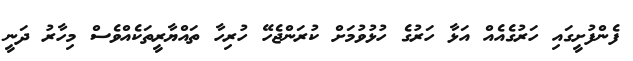
ފެންފުށީގައި ހަރުގެއެއް އަޅާ ހަރުގެ ހުޅުވުމަށް ކުރަންޖެހޭ ހުރިހާ ތައްޔާރީތަކެއްވެސް މިހާރު ދަނީ